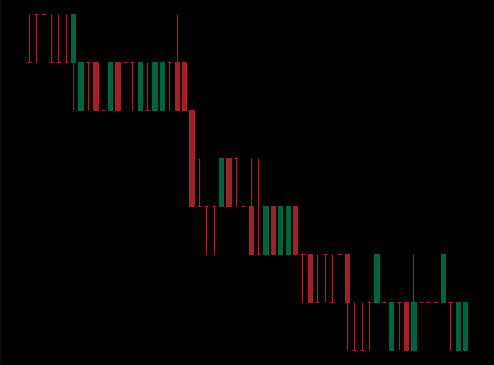
Pattern: bull_flag